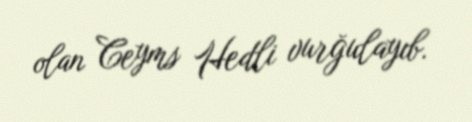
olan Ceyms Hedli vurğulayıb.